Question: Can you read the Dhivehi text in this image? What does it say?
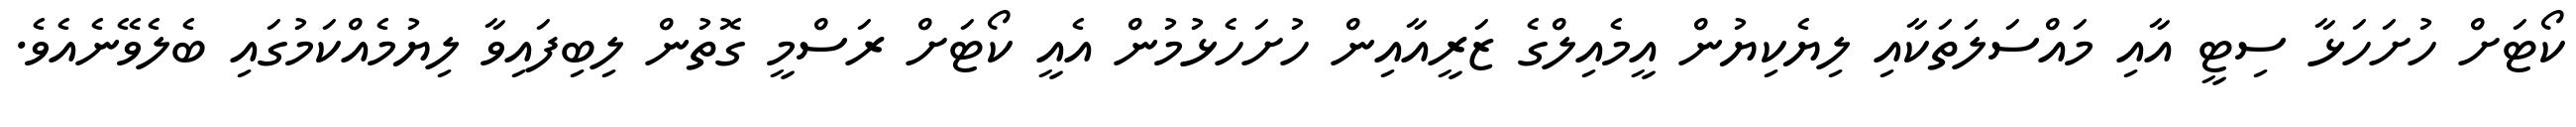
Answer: ކޯޓަށް ހުށަހަޅާ ސިޓީ އާއި މައްސަލަތަކާއި ލިޔެކިޔުން އީމެއިލްގެ ޒަރީއާއިން ހުށަހެޅުމުން އެއީ ކޯޓަށް ރަސްމީ ގޮތުން ލިބިފައިވާ ލިޔުމެއްކަމުގައި ބެލެވޭނެއެވެ.